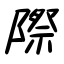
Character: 際